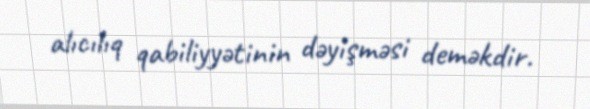
alıcılıq qabiliyyətinin dəyişməsi deməkdir.